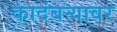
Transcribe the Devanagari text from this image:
कादंबर्‍यावर